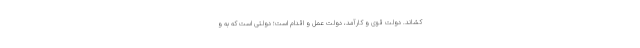
کشاند. دولت قوی و کارآمد، دولت عمل و اقدام است؛ دولتی است که به و